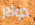
دولار